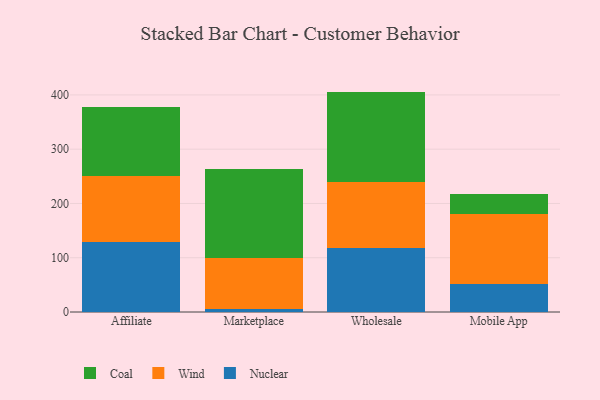
{"axis": {"x": "Channel", "y": "Budget (USD K)"}, "legend": ["Coal", "Nuclear", "Wind"], "data": [{"x": "Affiliate", "y": 129.7, "type": "Nuclear"}, {"x": "Affiliate", "y": 121.8, "type": "Wind"}, {"x": "Affiliate", "y": 127.0, "type": "Coal"}, {"x": "Marketplace", "y": 6.3, "type": "Nuclear"}, {"x": "Marketplace", "y": 93.4, "type": "Wind"}, {"x": "Marketplace", "y": 162.9, "type": "Coal"}, {"x": "Wholesale", "y": 117.5, "type": "Nuclear"}, {"x": "Wholesale", "y": 121.5, "type": "Wind"}, {"x": "Wholesale", "y": 167.1, "type": "Coal"}, {"x": "Mobile App", "y": 52.0, "type": "Nuclear"}, {"x": "Mobile App", "y": 128.8, "type": "Wind"}, {"x": "Mobile App", "y": 36.3, "type": "Coal"}]}